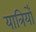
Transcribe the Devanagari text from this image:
यात्रियोँ